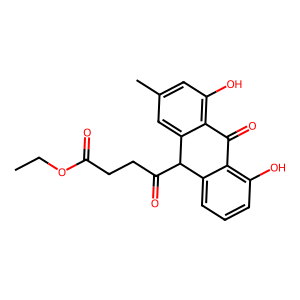
SMILES: CCOC(=O)CCC(=O)C1c2cccc(O)c2C(=O)c2c(O)cc(C)cc21
Inhibits HIV replication: No